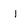
Character: l